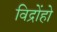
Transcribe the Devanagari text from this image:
विद्रोंहो